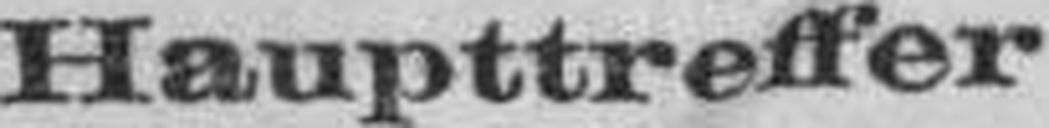
Haupttreffer